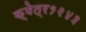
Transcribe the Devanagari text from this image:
क्षेत्र१२४३